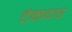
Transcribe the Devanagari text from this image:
टेकदार